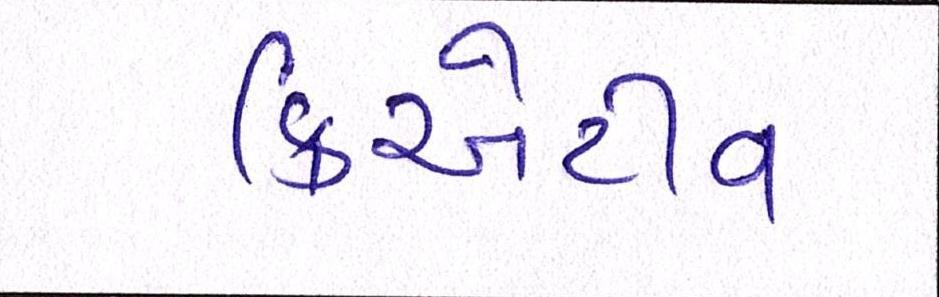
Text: ક્રિએટીવ